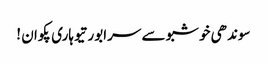
سوندھی خوشبو سے سرابور تیوہاری پکوان !